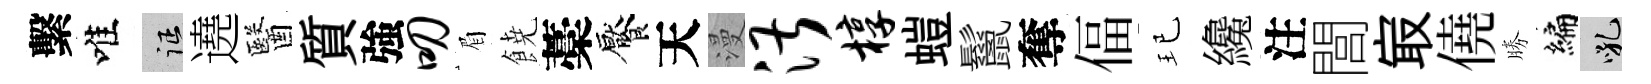
繫唯征遶醫質強叨眉𩜙藁饜天漫湛椁螘鬣奪偪玘纔注閭㝡僥勝編吼